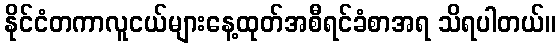
နိုင်ငံတကာလူငယ်များနေ့ထုတ်အစီရင်ခံစာအရ သိရပါတယ်။